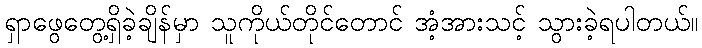
ရှာဖွေတွေ့ရှိခဲ့ချိန်မှာ သူကိုယ်တိုင်တောင် အံ့အားသင့် သွားခဲ့ရပါတယ်။